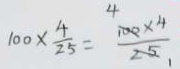
1 0 0 \times \frac { 4 } { 2 5 } = \frac { 1 0 0 \times 4 } { 2 5 }